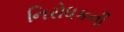
નિરોધકની